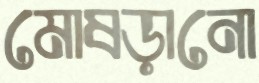
মোষড়ানো